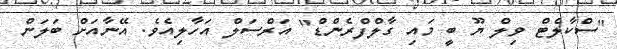
"ސްކާލެޓް ވިލް ޔޫ ބީ މައި ގާލްފްރެންޑް" އަރްސަލް އަހާލިއެވެ. އޭނާއަށް ބަލަން